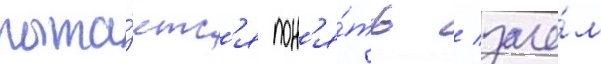
пыта́етс'я пон'я́ть / заче́м